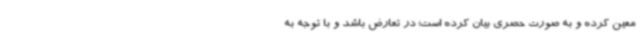
معین کرده و به صورت حصری بیان کرده است؛ در تعارض باشد و با توجه به